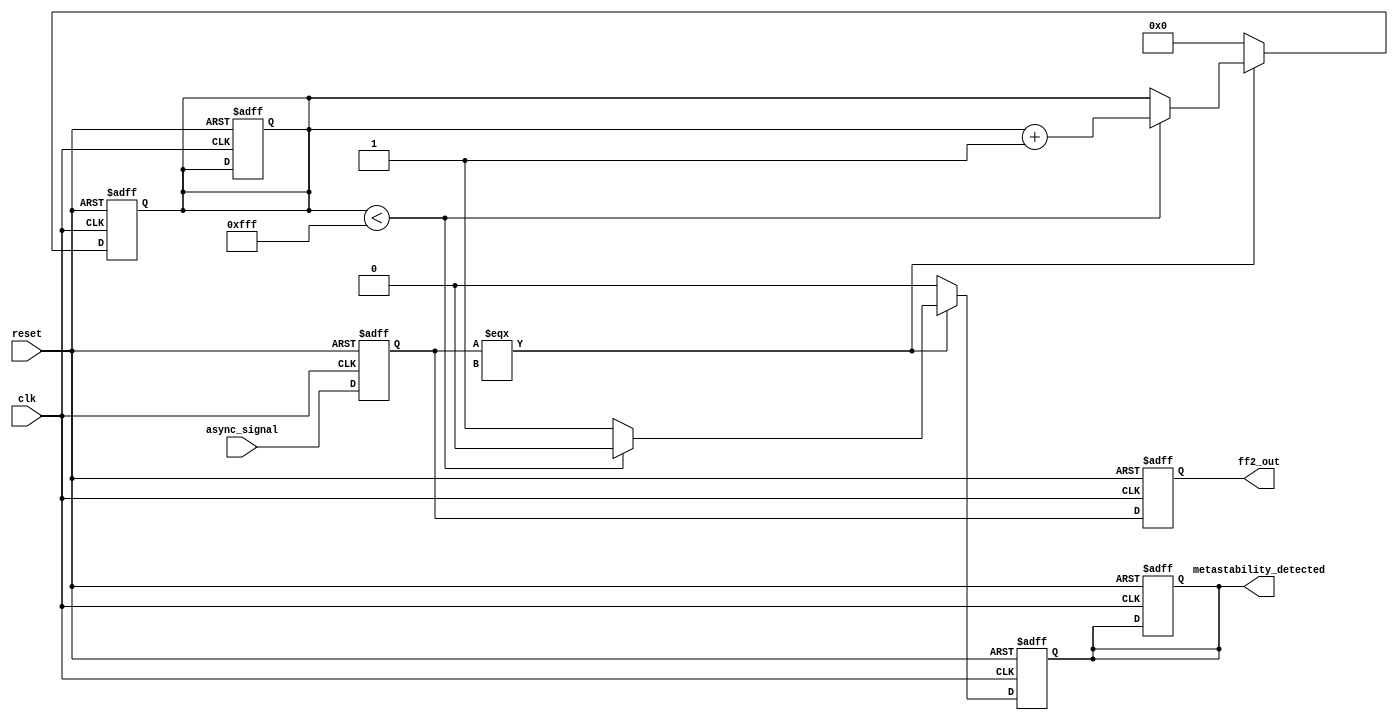
module metastability_detector (
    input wire clk,                  // Clock signal
    input wire async_signal,         // Asynchronous input signal
    input wire reset,                // Optional reset signal
    output reg ff2_out,             // Synchronized output signal
    output reg metastability_detected // Metastability detection flag
);
    
    reg ff1_out;                    // Output of the first flip-flop
    reg [15:0] metastability_counter; // Counter to detect metastability duration
    parameter THRESHOLD = 16'h0FFF; // Threshold for metastability detection

    // First flip-flop to sample the async_signal
    always @(posedge clk or posedge reset) begin
        if (reset) begin
            ff1_out <= 1'b0;
            metastability_counter <= 0;
            metastability_detected <= 1'b0;
        end else begin
            ff1_out <= async_signal;
        end
    end
    
    // Second flip-flop to generate the synchronized output
    always @(posedge clk or posedge reset) begin
        if (reset) begin
            ff2_out <= 1'b0;
        end else begin
            ff2_out <= ff1_out;
        end
    end

    // Metastability detection logic
    always @(posedge clk or posedge reset) begin
        if (reset) begin
            metastability_counter <= 0;
            metastability_detected <= 1'b0;
        end else begin
            if (ff1_out === 1'bX) begin // Check if ff1_out is in a metastable state
                if (metastability_counter < THRESHOLD) begin
                    metastability_counter <= metastability_counter + 1;
                    metastability_detected <= 1'b0; // Still in metastable state
                end else begin
                    metastability_detected <= 1'b1; // Metastability is detected
                end
            end else begin
                metastability_counter <= 0; // Reset the counter if ff1_out is stable
                metastability_detected <= 1'b0; // Clear the metastability flag
            end
        end
    end

endmodule